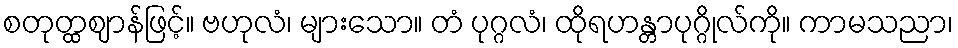
စတုတ္ထဈာန်ဖြင့်။ ဗဟုလံ၊ များသော။ တံ ပုဂ္ဂလံ၊ ထိုရဟန္တာပုဂ္ဂိုလ်ကို။ ကာမသညာ၊